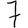
Digit: 7